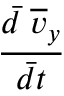
\frac { \Bar { d } \; \overline { { v } } _ { y } } { \Bar { d t } }